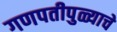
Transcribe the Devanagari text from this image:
गणपतीपुळ्याचे